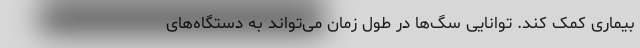
بیماری کمک کند. توانایی سگ‌ها در طول زمان می‌تواند به دستگاه‌های